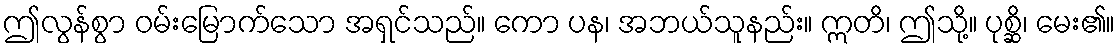
ဤလွန်စွာ ဝမ်းမြောက်သော အရှင်သည်။ ကော ပန၊ အဘယ်သူနည်း။ ဣတိ၊ ဤသို့။ ပုစ္ဆိ၊ မေး၏။